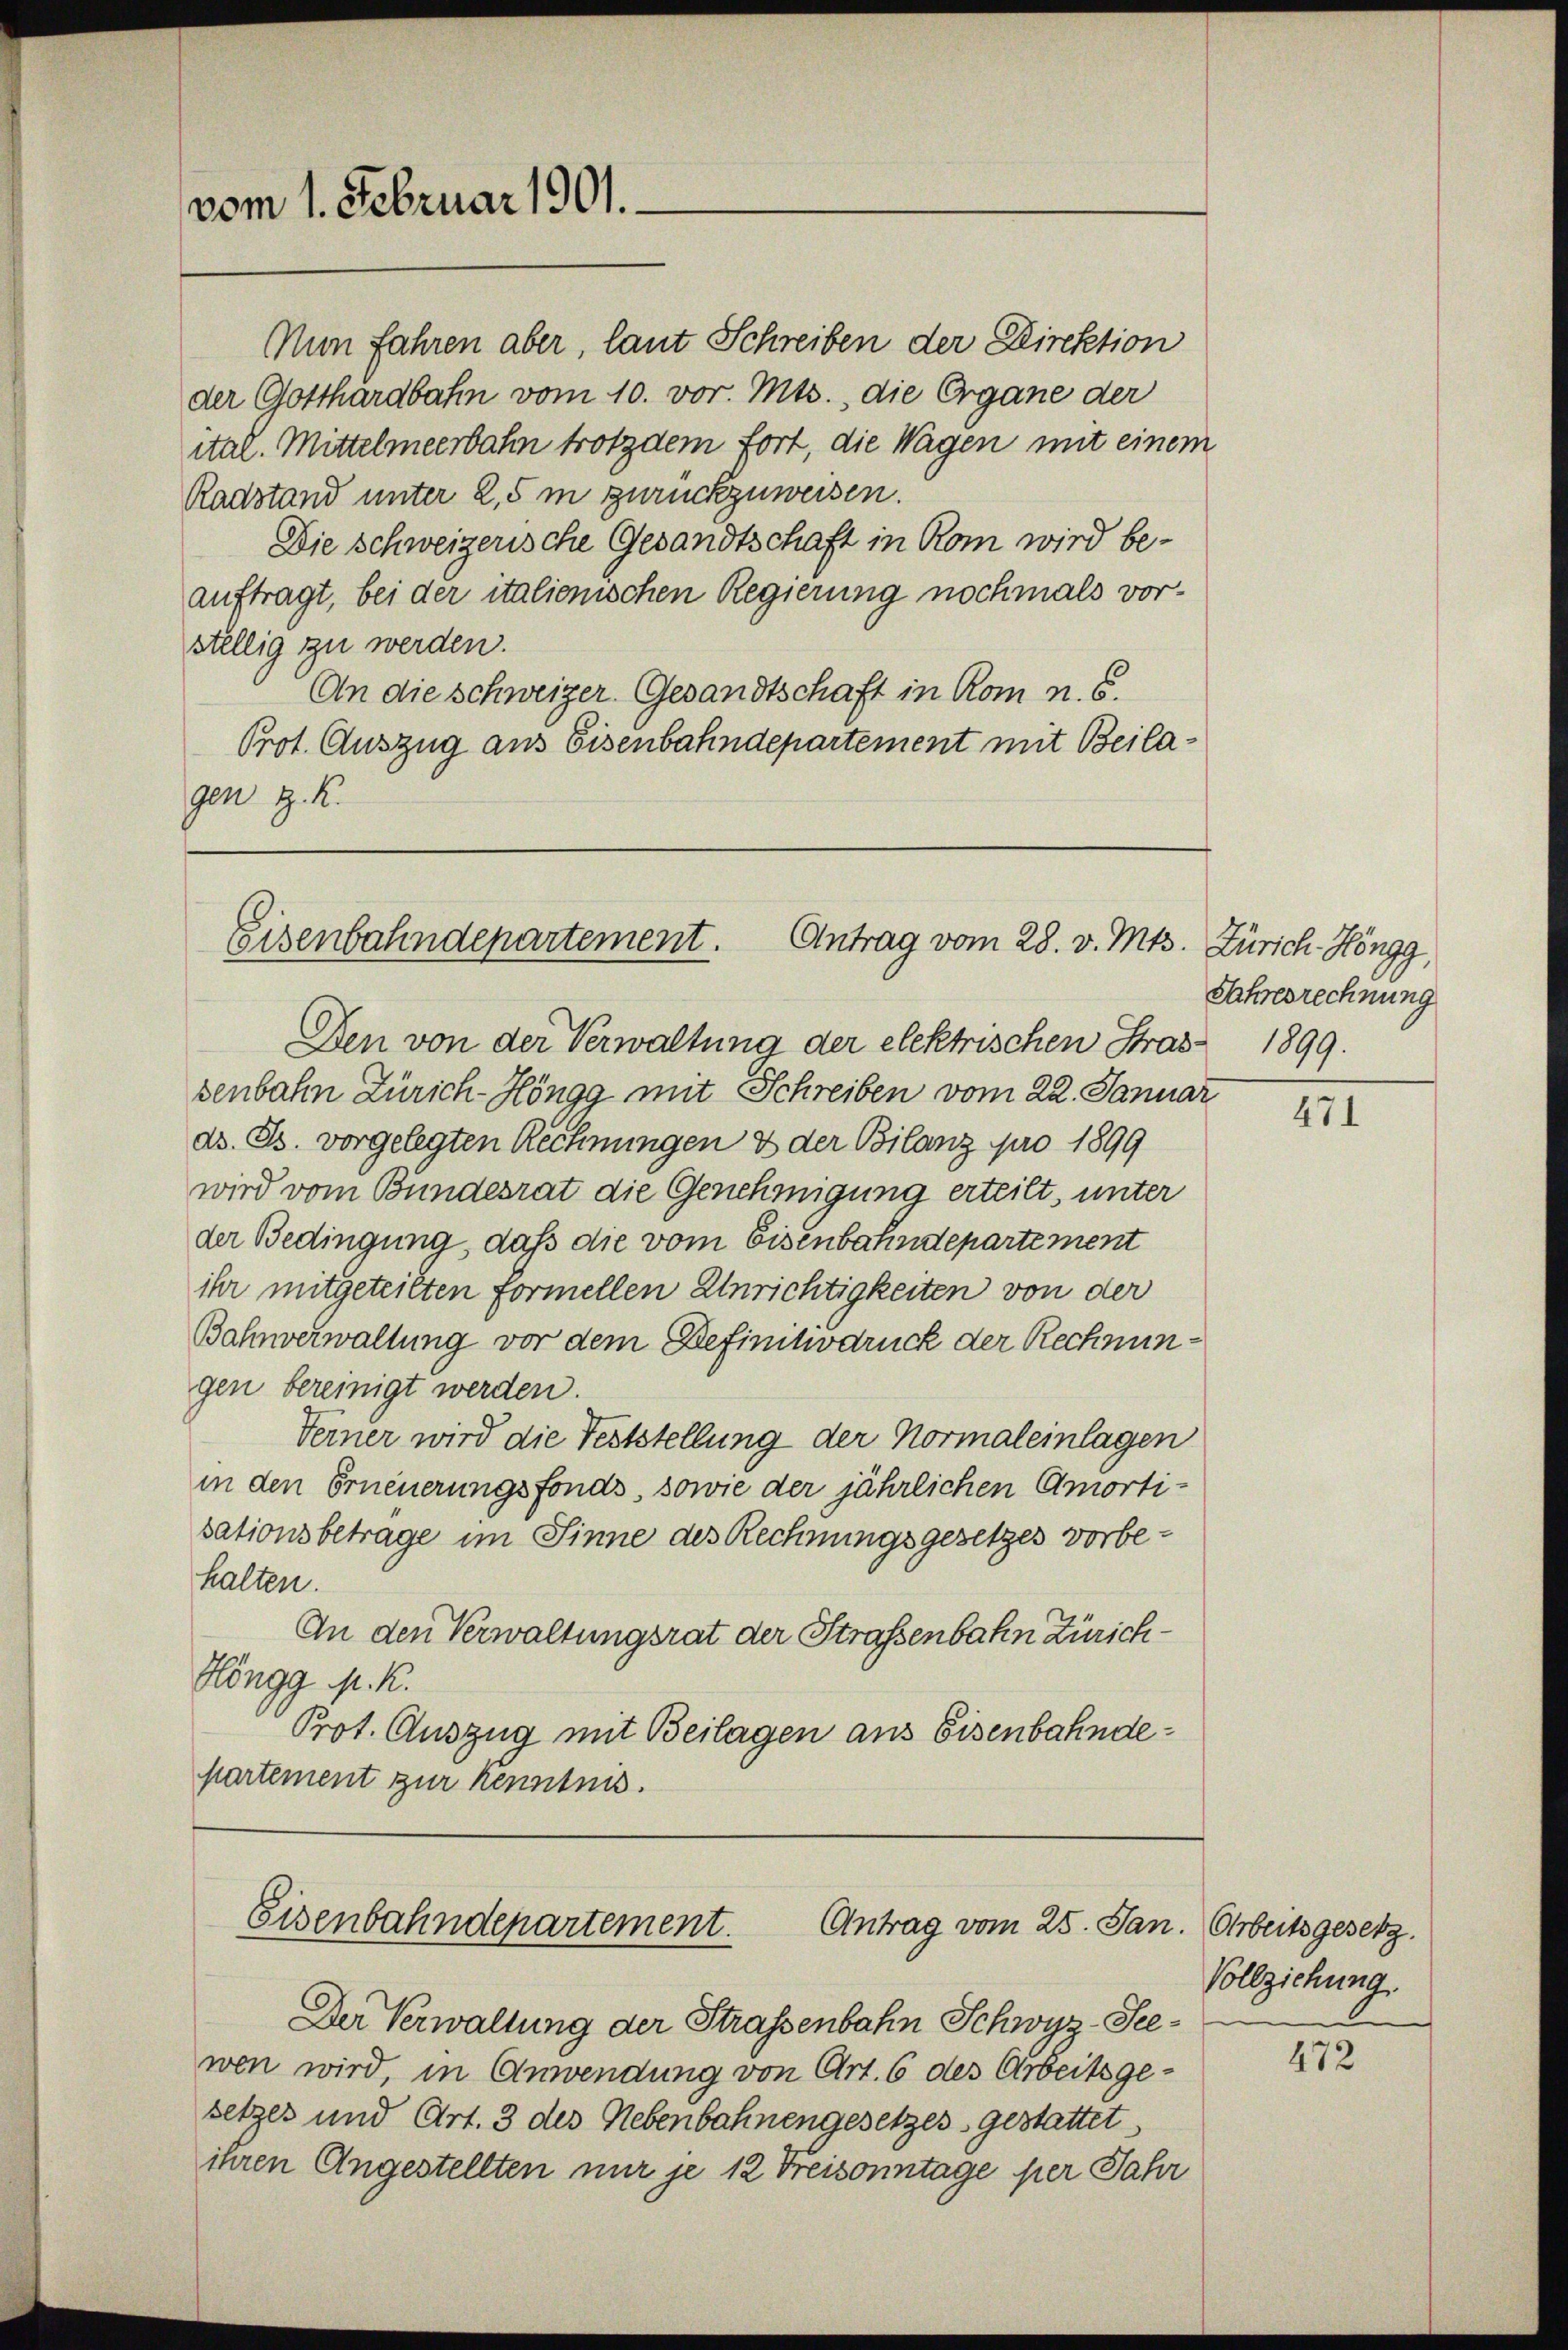
vom 1. Februar 1901.

der Gotthardbahn vom 10. vor. Mts., die Organe der
ital. Mittelmeerbahn trotzdem fort, die Wagen mit einem
Radstand unter 2,5 m zurückzuweisen.
Die Schweizerische Gesandtschaft in Rom wird beauftragt, bei der italienischen Regierung nochmals vor-
stellig zu werden.
An die Schweizer Gesandtschaft in Rom n. 5.
Prot. Auszug aus Eisenbahndepartement mit Beilagen z. K.

Nun fahren aber, laut Schreiben der Direktion

Eisenbahndepartement. Antrag vom 28. v. Mts. Zürich-Höngg,

Den von der Verwaltung der elektrischen Stras 1899.
senbahn Zürich-Höngg mit Schreiben vom 22. Januar
ds. B. vorgelegten Rechnungen & der Bilanz pro 1899
wird vom Bundesrat die Genehmigung erteilt, unter
der Bedingung, daß die vom Eisenbahndepartement
ihr mitgeteilten formellen Unrichtigkeiten von der
Bahnverwaltung vor dem Befinitodruck der Rechnungen bereinigt werden.
Ferner wird die Feststellung der Normaleinlagen
in den Erneuerungsfonds, sowie der jährlichen Amortisationsbetrage im Sinne des Rechnungsgesetzes vorbehalten.
An den Verwaltungsrat der Straßenbahn Zürich¬
Höngg p. K.
Prot. Auszug mit Beilagen aus Eisenbahndepartement zur Kenntnis.

Eisenbahndepartement.
Antrag vom 25. Jan. Arbeitsgesetz.

Der Verwaltung der Strassenbahn Schwyz-Seewen wird, in Anwendung von Art. 6 des Arbeitsgesetzes und Art. 3 des Nebenbahnengesetzes gestattet,
ihren Angestellten nur je 12 Freisonntage per Jahr

Jahresrechnung

471

Vollziehung.

472